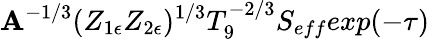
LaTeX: \mathbf{A}^{-1/3}(Z_{1\epsilon}Z_{2\epsilon})^{1/3}T_{9}^{-2/3}S_{eff}exp(-\tau)